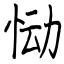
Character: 恸